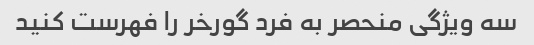
سه ویژگی منحصر به فرد گورخر را فهرست کنید